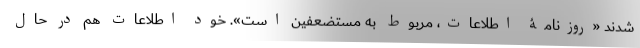
شدند «روزنامۀ اطلاعات، مربوط به مستضعفین است». خود اطلاعات هم در حال